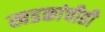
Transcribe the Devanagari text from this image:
खडकांचीही